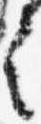
言